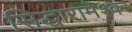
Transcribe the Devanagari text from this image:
सिद्धारामेश्वर